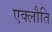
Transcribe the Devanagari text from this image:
एक्लौति